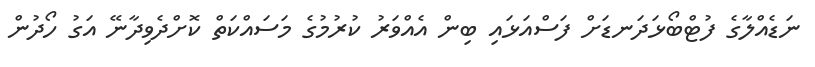
ނަޑެއްލާގެ ފުޓްބޯޅަދަނޑަށް ފަސްއަޅައި ބިން އެއްވަރު ކުރުމުގެ މަސައްކަތް ކޮށްދެވިދާނޭ އަގު ހޯދުން